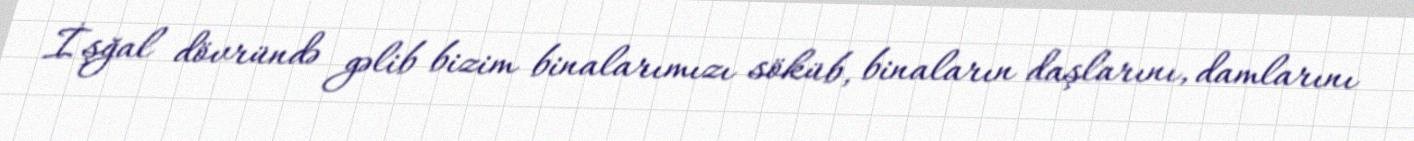
İşğal dövründə gəlib bizim binalarımızı söküb, binaların daşlarını, damlarını